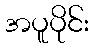
အပူပိုင်း